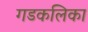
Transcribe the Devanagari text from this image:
गडकलिका